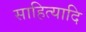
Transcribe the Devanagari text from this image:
साहित्यादि